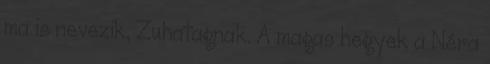
ma is nevezik, Zuhatagnak. A magas hegyek a Néra